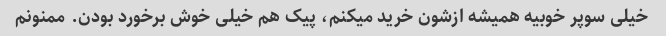
خیلی سوپر خوبیه همیشه ازشون خرید میکنم، پیک هم خیلی خوش برخورد بودن. ممنونم